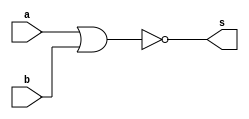
// -------------------------
// Nome: Pedro Henrique Hardeman Guedes
// -------------------------
// -------------------------
// -- nor gate
// -------------------------
module orgate ( output s,
                            input  a, b);
assign s = ~(a|b);
endmodule // norgate
// ---------------------
// -- test nor gate
// ---------------------
module testnorgate;
// ------------------------- dados locais
   reg   a, b; // definir registradores
wire  s;    // definir conexao (fio)
// ------------------------- instancia
   orgate NOR1 (s, a, b);
// ------------------------- preparacao
   initial begin:start
                   // atribuicao simultanea
// dos valores iniciais
      a=0; b=0;
   end// ------------------------- parte principal
   initial begin
      $monitor("Exercicio2 - Pedro Henrique Hardeman Guedes - 397260");
      $monitor("Test NOR gate");
$monitor("\na & b = s\n");
      a=0; b=0;
  #1  $monitor("%b ^ %b = %b", a, b, s);
      a=0; b=1;
  #1  $monitor("%b ^ %b = %b", a, b, s);
      a=1; b=0;
  #1  $monitor("%b ^ %b = %b", a, b, s);
      a=1; b=1;
  #1  $monitor("%b ^ %b = %b", a, b, s);
end
endmodule // testorgate